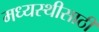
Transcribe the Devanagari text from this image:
मध्यस्थीसाठी